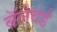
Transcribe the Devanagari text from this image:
बॅलेवर्ड